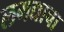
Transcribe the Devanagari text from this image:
लगद्याचा